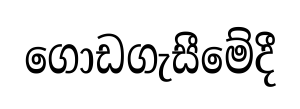
ගොඩගැසීමේදී